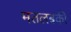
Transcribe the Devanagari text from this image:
मतलबकी